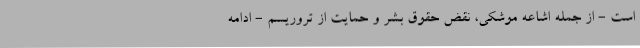
است - از جمله اشاعه موشکی، نقض حقوق بشر و حمایت از تروریسم - ادامه